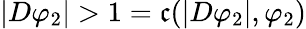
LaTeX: |D\varphi_{2}|>1=\mathfrak{c}(|D\varphi_{2}|,\varphi_{2})